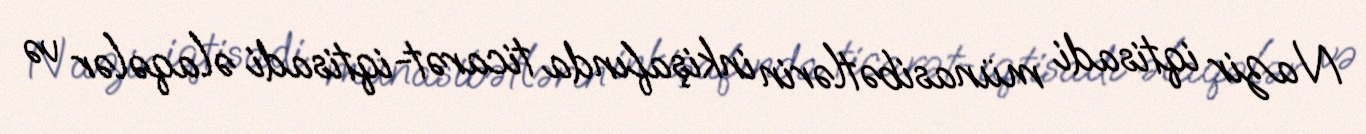
Nazir iqtisadi münasibətlərin inkişafında ticarət-iqtisadi əlaqələr və